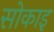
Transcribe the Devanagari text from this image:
सोकाइ